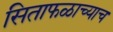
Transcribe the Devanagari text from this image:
सिताफळाच्याच